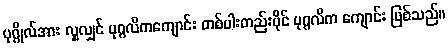
ပုဂ္ဂိုလ်အား လှူလျှင် ပုဂ္ဂလိကကျောင်း တစ်ပါးတည်းပိုင် ပုဂ္ဂလိက ကျောင်း ဖြစ်သည်။